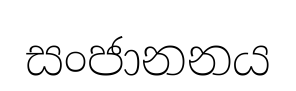
සංජානනය